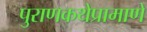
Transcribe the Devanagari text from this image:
पुराणकथेप्रामाणे